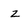
Character: Z